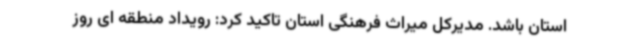
استان باشد. مدیرکل میراث فرهنگی استان تاکید کرد: رویداد منطقه ای روز